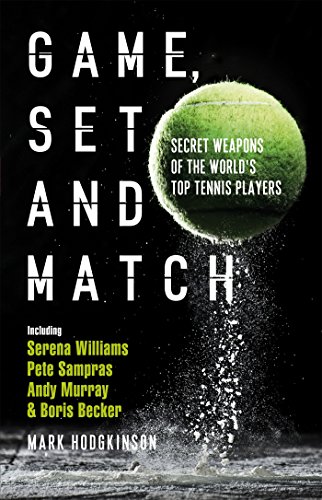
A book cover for Game, Set and Match: Secret Weapons of the World's Top Tennis Players; Mark Hodgkinson; Sports & Outdoors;